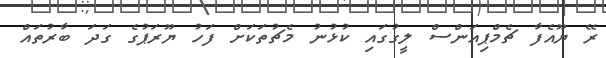
ރޭ ޔޫއެފާ ޗެމްޕިއަންސް ލީގުގައި ކުޅުނު މެޗުތަކަށް ފަހު ޔޫރަޕުގެ ގަދަ ބާރުތައް